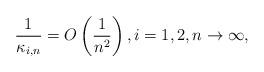
LaTeX: \begin{align*} \frac{1}{\kappa_{i,n}}=O\left(\frac{1}{n^2}\right), i=1,2,n\to\infty,\end{align*}